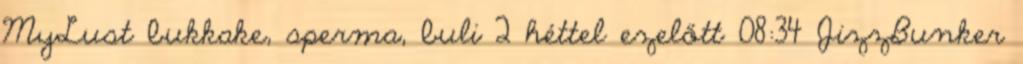
MyLust bukkake, sperma, buli 2 héttel ezelőtt 08:34 JizzBunker